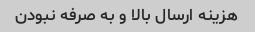
هزینه ارسال بالا و به صرفه نبودن